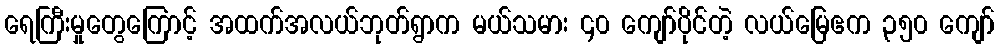
ရေကြီးမှုတွေကြောင့် အထက်အလယ်ဘုတ်ရွာက မယ်သမား ၄၀ ကျော်ပိုင်တဲ့ လယ်မြေဧက ၃၅၀ ကျော်